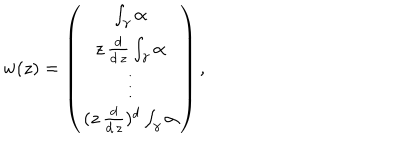
LaTeX: w ( z ) = \left( \begin{array} { c } { { \int _ { \gamma } \alpha } } \\ { { z \, \frac { d } { d \, z } \int _ { \gamma } \alpha } } \\ { { \vdots } } \\ { { ( z \, \frac { d } { d \, z } ) ^ { d } \int _ { \gamma } \alpha } } \\ \end{array} \right) ,